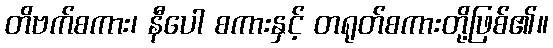
တိဗက်စကား၊ နီပေါ စကားနှင့် တရုတ်စကားတို့ဖြစ်၏။